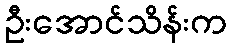
ဦးအောင်သိန်းက